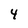
Character: 4